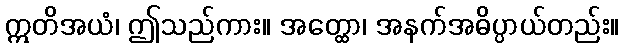
ဣတိအယံ၊ ဤသည်ကား။ အတ္ထော၊ အနက်အဓိပ္ပာယ်တည်း။